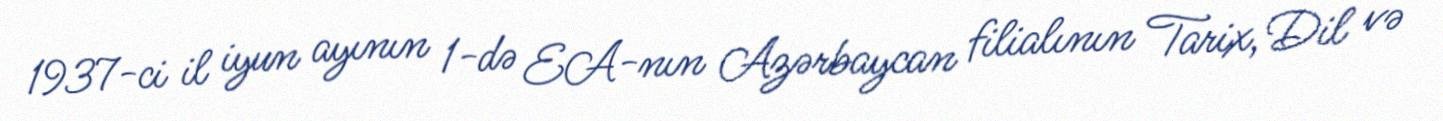
1937-ci il iyun ayının 1-də EA-nın Azərbaycan filialının Tarix, Dil və